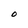
Character: O